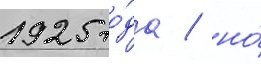
1925 го́да / но́